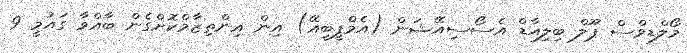
މޯލްޑިވްސް ޕޫލް ބިލިއާޑް އެސޯސިއޭޝަން (އެމްޕީބީއޭ) އިން އިންތިޒާމްކޮށްގެން ބާއްވާ ގައުމީ 9